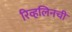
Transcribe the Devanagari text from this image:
रिव्हलिनची